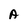
Character: A